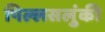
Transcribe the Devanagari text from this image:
पिल्लसलुंकी